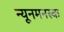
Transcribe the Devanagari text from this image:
न्यूनमनस्क